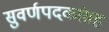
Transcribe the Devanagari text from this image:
सुवर्णपदकांसह